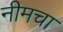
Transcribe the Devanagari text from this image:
नीमचा